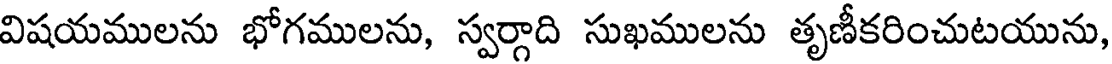
విషయములను భోగములను, స్వర్గాది సుఖములను తృణీకరించుటయును,